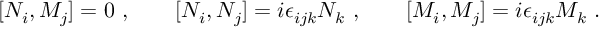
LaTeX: [ N _ { i } , M _ { j } ] = 0 \ , \qquad [ N _ { i } , N _ { j } ] = i \epsilon _ { i j k } N _ { k } \ , \qquad [ M _ { i } , M _ { j } ] = i \epsilon _ { i j k } M _ { k } \ .